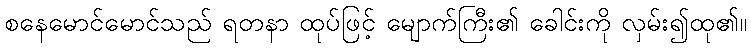
စနေမောင်မောင်သည် ရတနာ ထုပ်ဖြင့် မျောက်ကြီး၏ ခေါင်းကို လှမ်း၍ထု၏။